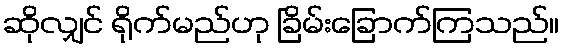
ဆိုလျှင် ရိုက်မည်ဟု ခြိမ်းခြောက်ကြသည်။